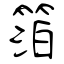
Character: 箔